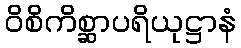
ဝိစိကိစ္ဆာပရိယုဋ္ဌာနံ